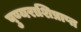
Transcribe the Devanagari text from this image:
पुण्यराशिप्राप्त